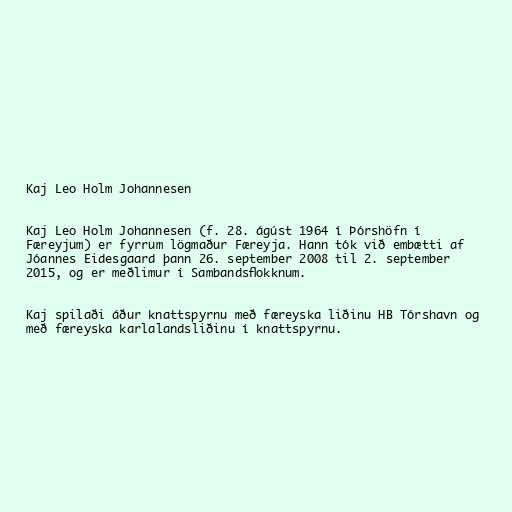
Kaj Leo Holm Johannesen

Kaj Leo Holm Johannesen (f. 28. ágúst 1964 í Þórshöfn í
Færeyjum) er fyrrum lögmaður Færeyja. Hann tók við embætti af
Jóannes Eidesgaard þann 26. september 2008 til 2. september
2015, og er meðlimur í Sambandsflokknum.

Kaj spilaði áður knattspyrnu með færeyska liðinu HB Tórshavn og
með færeyska karlalandsliðinu í knattspyrnu.